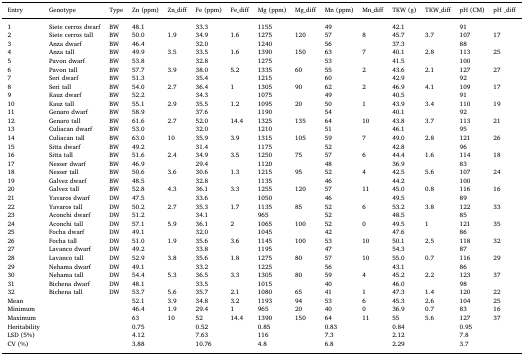
<table><thead><tr><td><b>Entry</b></td><td><b>Genotype</b></td><td><b>Type</b></td><td><b>Zn (ppm)</b></td><td><b>Zn_diff</b></td><td><b>Fe (ppm)</b></td><td><b>Fe_diff</b></td><td><b>Mg (ppm)</b></td><td><b>Mg_diff</b></td><td><b>Mn (ppm)</b></td><td><b>Mn_diff</b></td><td><b>TKW (g)</b></td><td><b>TKW_diff</b></td><td><b>pH (CM)</b></td><td><b>pH _diff</b></td></tr></thead><tbody><tr><td>1</td><td>Siete cerros dwarf</td><td>BW</td><td>48.1</td><td></td><td>33.3</td><td></td><td>1155</td><td></td><td>49</td><td></td><td>42.1</td><td></td><td>91</td><td></td></tr><tr><td>2</td><td>Siete cerros tall</td><td>BW</td><td>50.0</td><td>1.9</td><td>34.9</td><td>1.6</td><td>1275</td><td>120</td><td>57</td><td>8</td><td>45.7</td><td>3.7</td><td>107</td><td>17</td></tr><tr><td>3</td><td>Anza dwarf</td><td>BW</td><td>46.4</td><td></td><td>32.0</td><td></td><td>1240</td><td></td><td>56</td><td></td><td>37.3</td><td></td><td>88</td><td></td></tr><tr><td>4</td><td>Anza tall</td><td>BW</td><td>49.9</td><td>3.5</td><td>33.5</td><td>1.6</td><td>1390</td><td>150</td><td>63</td><td>7</td><td>40.1</td><td>2.8</td><td>113</td><td>25</td></tr><tr><td>5</td><td>Pavon dwarf</td><td>BW</td><td>53.8</td><td></td><td>32.8</td><td></td><td>1275</td><td></td><td>53</td><td></td><td>41.5</td><td></td><td>100</td><td></td></tr><tr><td>6</td><td>Pavon tall</td><td>BW</td><td>57.7</td><td>3.9</td><td>38.0</td><td>5.2</td><td>1335</td><td>60</td><td>55</td><td>2</td><td>43.6</td><td>2.1</td><td>127</td><td>27</td></tr><tr><td>7</td><td>Seri dwarf</td><td>BW</td><td>51.3</td><td></td><td>35.4</td><td></td><td>1215</td><td></td><td>60</td><td></td><td>42.9</td><td></td><td>92</td><td></td></tr><tr><td>8</td><td>Seri tall</td><td>BW</td><td>54.0</td><td>2.7</td><td>36.4</td><td>1</td><td>1305</td><td>90</td><td>62</td><td>2</td><td>46.9</td><td>4.1</td><td>109</td><td>17</td></tr><tr><td>9</td><td>Kauz dwarf</td><td>BW</td><td>52.2</td><td></td><td>34.3</td><td></td><td>1075</td><td></td><td>49</td><td></td><td>40.5</td><td></td><td>91</td><td></td></tr><tr><td>10</td><td>Kauz tall</td><td>BW</td><td>55.1</td><td>2.9</td><td>35.5</td><td>1.2</td><td>1095</td><td>20</td><td>50</td><td>1</td><td>43.9</td><td>3.4</td><td>110</td><td>19</td></tr><tr><td>11</td><td>Genaro dwarf</td><td>BW</td><td>58.9</td><td></td><td>37.6</td><td></td><td>1190</td><td></td><td>54</td><td></td><td>40.1</td><td></td><td>92</td><td></td></tr><tr><td>12</td><td>Genaro tall</td><td>BW</td><td>61.6</td><td>2.7</td><td>52.0</td><td>14.4</td><td>1325</td><td>135</td><td>64</td><td>10</td><td>43.8</td><td>3.7</td><td>113</td><td>21</td></tr><tr><td>13</td><td>Culiacan dwarf</td><td>BW</td><td>53.0</td><td></td><td>32.0</td><td></td><td>1210</td><td></td><td>51</td><td></td><td>46.1</td><td></td><td>95</td><td></td></tr><tr><td>14</td><td>Culiacan tall</td><td>BW</td><td>63.0</td><td>10</td><td>35.9</td><td>3.9</td><td>1315</td><td>105</td><td>59</td><td>7</td><td>49.0</td><td>2.8</td><td>121</td><td>26</td></tr><tr><td>15</td><td>Sitta dwarf</td><td>BW</td><td>49.2</td><td></td><td>31.4</td><td></td><td>1175</td><td></td><td>52</td><td></td><td>42.8</td><td></td><td>96</td><td></td></tr><tr><td>16</td><td>Sitta tall</td><td>BW</td><td>51.6</td><td>2.4</td><td>34.9</td><td>3.5</td><td>1250</td><td>75</td><td>57</td><td>6</td><td>44.4</td><td>1.6</td><td>114</td><td>18</td></tr><tr><td>17</td><td>Nesser dwarf</td><td>BW</td><td>46.9</td><td></td><td>29.4</td><td></td><td>1120</td><td></td><td>48</td><td></td><td>36.9</td><td></td><td>83</td><td></td></tr><tr><td>18</td><td>Nesser tall</td><td>BW</td><td>50.6</td><td>3.6</td><td>30.6</td><td>1.3</td><td>1215</td><td>95</td><td>52</td><td>4</td><td>42.5</td><td>5.6</td><td>107</td><td>24</td></tr><tr><td>19</td><td>Galvez dwarf</td><td>BW</td><td>48.5</td><td></td><td>32.8</td><td></td><td>1135</td><td></td><td>46</td><td></td><td>44.2</td><td></td><td>100</td><td></td></tr><tr><td>20</td><td>Galvez tall</td><td>BW</td><td>52.8</td><td>4.3</td><td>36.1</td><td>3.3</td><td>1255</td><td>120</td><td>57</td><td>11</td><td>45.0</td><td>0.8</td><td>116</td><td>16</td></tr><tr><td>21</td><td>Yavaros dwarf</td><td>DW</td><td>47.5</td><td></td><td>33.6</td><td></td><td>1050</td><td></td><td>46</td><td></td><td>49.5</td><td></td><td>89</td><td></td></tr><tr><td>22</td><td>Yavaros tall</td><td>DW</td><td>50.2</td><td>2.7</td><td>35.3</td><td>1.7</td><td>1135</td><td>85</td><td>52</td><td>6</td><td>53.2</td><td>3.8</td><td>122</td><td>33</td></tr><tr><td>23</td><td>Aconchi dwarf</td><td>DW</td><td>51.2</td><td></td><td>34.1</td><td></td><td>965</td><td></td><td>52</td><td></td><td>48.5</td><td></td><td>85</td><td></td></tr><tr><td>24</td><td>Aconchi tall</td><td>DW</td><td>57.1</td><td>5.9</td><td>36.1</td><td>2</td><td>1065</td><td>100</td><td>52</td><td>0</td><td>49.5</td><td>1</td><td>121</td><td>35</td></tr><tr><td>25</td><td>Focha dwarf</td><td>DW</td><td>49.1</td><td></td><td>32.0</td><td></td><td>1045</td><td></td><td>42</td><td></td><td>47.6</td><td></td><td>86</td><td></td></tr><tr><td>26</td><td>Focha tall</td><td>DW</td><td>51.0</td><td>1.9</td><td>35.6</td><td>3.6</td><td>1145</td><td>100</td><td>53</td><td>10</td><td>50.1</td><td>2.5</td><td>118</td><td>32</td></tr><tr><td>27</td><td>Lavanco dwarf</td><td>DW</td><td>49.2</td><td></td><td>33.8</td><td></td><td>1195</td><td></td><td>47</td><td></td><td>54.3</td><td></td><td>87</td><td></td></tr><tr><td>28</td><td>Lavanco tall</td><td>DW</td><td>52.9</td><td>3.8</td><td>35.6</td><td>1.8</td><td>1275</td><td>80</td><td>57</td><td>10</td><td>55.0</td><td>0.7</td><td>116</td><td>29</td></tr><tr><td>29</td><td>Nehama dwarf</td><td>DW</td><td>49.1</td><td></td><td>33.2</td><td></td><td>1225</td><td></td><td>56</td><td></td><td>43.1</td><td></td><td>86</td><td></td></tr><tr><td>30</td><td>Nehama tall</td><td>DW</td><td>54.4</td><td>5.3</td><td>36.5</td><td>3.3</td><td>1305</td><td>80</td><td>59</td><td>4</td><td>45.2</td><td>2.2</td><td>123</td><td>37</td></tr><tr><td>31</td><td>Bichena dwarf</td><td>DW</td><td>48.1</td><td></td><td>33.5</td><td></td><td>1015</td><td></td><td>40</td><td></td><td>46.0</td><td></td><td>98</td><td></td></tr><tr><td>32</td><td>Bichena tall</td><td>DW</td><td>53.7</td><td>5.6</td><td>35.7</td><td>2.1</td><td>1080</td><td>65</td><td>41</td><td>1</td><td>47.3</td><td>1.4</td><td>120</td><td>22</td></tr><tr><td>Mean</td><td></td><td></td><td>52.1</td><td>3.9</td><td>34.8</td><td>3.2</td><td>1193</td><td>94</td><td>53</td><td>6</td><td>45.3</td><td>2.6</td><td>104</td><td>25</td></tr><tr><td>Minimum</td><td></td><td></td><td>46.4</td><td>1.9</td><td>29.4</td><td>1</td><td>965</td><td>20</td><td>40</td><td>0</td><td>36.9</td><td>0.7</td><td>83</td><td>16</td></tr><tr><td>Maximum</td><td></td><td></td><td>63</td><td>10</td><td>52</td><td>14.4</td><td>1390</td><td>150</td><td>64</td><td>11</td><td>55</td><td>5.6</td><td>127</td><td>37</td></tr><tr><td>Heritability</td><td></td><td></td><td>0.75</td><td></td><td>0.52</td><td></td><td>0.85</td><td></td><td>0.83</td><td></td><td>0.84</td><td></td><td>0.95</td><td></td></tr><tr><td>LSD (5%)</td><td></td><td></td><td>4.12</td><td></td><td>7.63</td><td></td><td>116</td><td></td><td>7.3</td><td></td><td>2.12</td><td></td><td>7.8</td><td></td></tr><tr><td>CV (%)</td><td></td><td></td><td>3.88</td><td></td><td>10.76</td><td></td><td>4.8</td><td></td><td>6.8</td><td></td><td>2.29</td><td></td><td>3.7</td><td></td></tr></tbody></table>